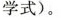
学式)。